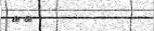
١٨